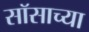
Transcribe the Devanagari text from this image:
सॉसाच्या